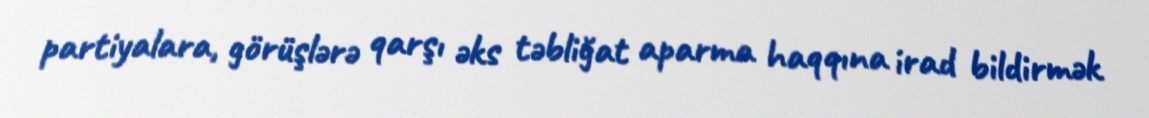
partiyalara, görüşlərə qarşı əks təbliğat aparma haqqına irad bildirmək